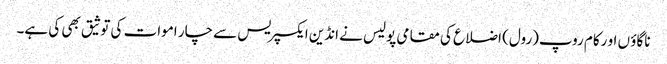
ناگاؤ ں او رکام روپ(رول) اضلاع کی مقامی پولیس نے انڈین ایکسپریس سے چار اموات کی توثیق بھی کی ہے۔